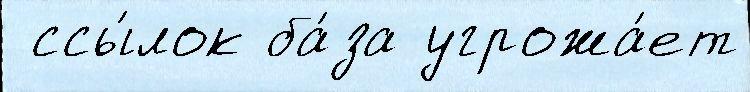
 ссы́лок ба́за угрожа́ет